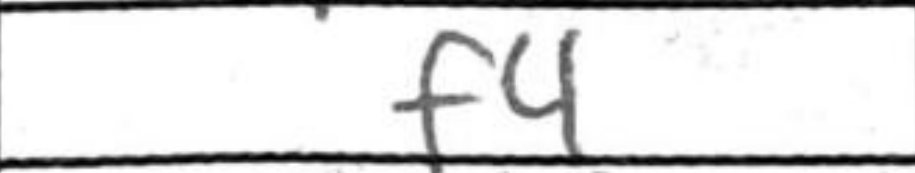
Transcription: f4